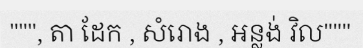
""", តា ដែក , សំរោង , អន្លង់ វិល"""